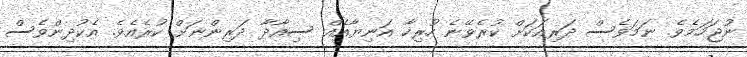
ނުޖަހަމެވެ. ނަމަވެސް ދަރިއަކަށް ކުރެވޭނެ ހުރިހާ އަނިޔާއެއް ސިއާދާ ދަރިންނަށް ކުރެއެވެ. އެކުދިންވެސް